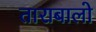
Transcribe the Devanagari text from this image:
ताराबालो